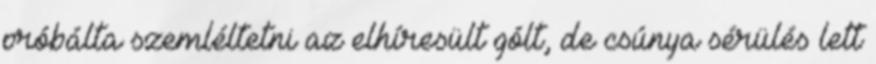
próbálta szemléltetni az elhíresült gólt, de csúnya sérülés lett